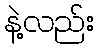
နဲ့လည်း